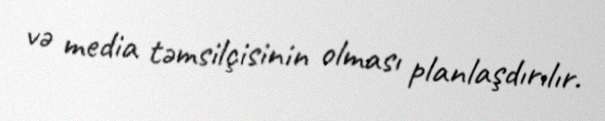
və media təmsilçisinin olması planlaşdırılır.